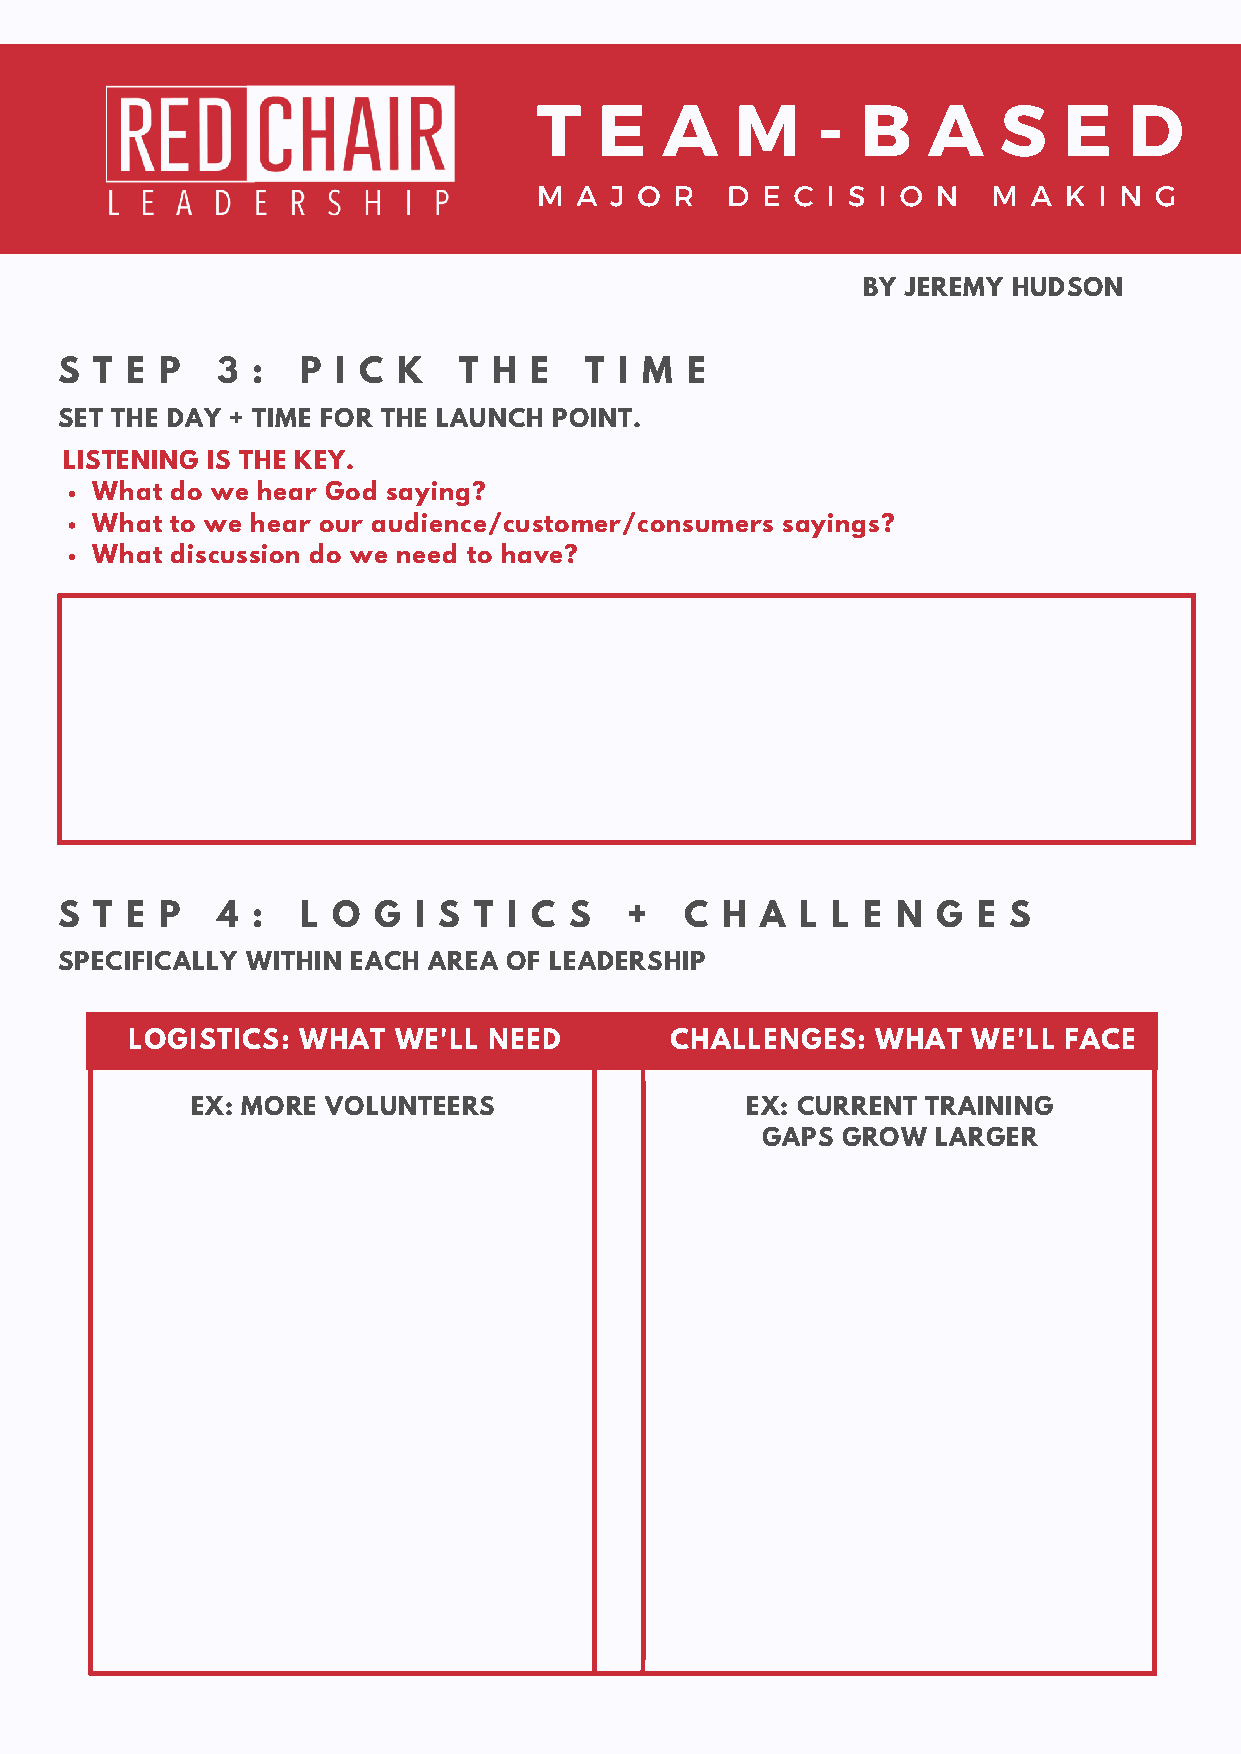
T   E   A    M    -  B   A    S   E    D
 M A J O  R  D E C  I S I O N  M A K  I N G
 BY JEREMY HUDSON
 S T E  P  3  :  P I C K   T  H E   T I M E
 SET THE DAY + TIME FOR THE LAUNCH POINT.
 LISTENING IS THE KEY.
 What do we hear God saying?
 What to we hear our audience/customer/consumers sayings?
 What discussion do we need to have?
 S T E  P  4  :  L O  G I S T  I C S  +   C  H A  L L E N  G  E S
 SPECIFICALLY WITHIN EACH AREA OF LEADERSHIP
 LOGISTICS:  WHAT  WE'LL NEED        CHALLENGES:   WHAT  WE'LL FACE
 EX: MORE VOLUNTEERS                 EX: CURRENT TRAINING
 GAPS  GROW  LARGER